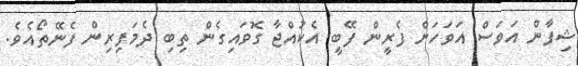
ޝިފާން އަވަސް އަވަހަށް ފެރީން ފޭބީ އެކުއްޖާ ގޮވައިގެން ތިބި ދެމަފިރިން ފެނޭތޯއެވެ.